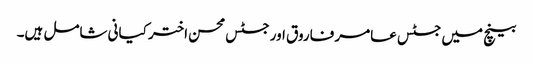
بینچ میں جسٹس عامر فاروق اور جسٹس محسن اختر کیانی شامل ہیں۔